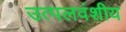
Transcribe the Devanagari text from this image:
उत्पलवंशीय